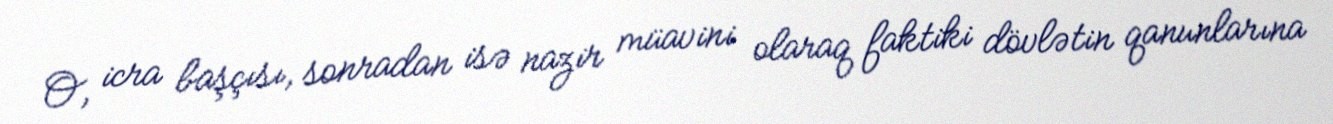
O, icra başçısı, sonradan isə nazir müavini olaraq faktiki dövlətin qanunlarına